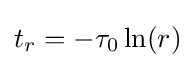
t_{r}=-\tau _{0}\ln(r)